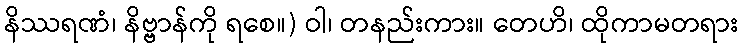
နိဿရဏံ၊ နိဗ္ဗာန်ကို ရစေ။) ဝါ၊ တနည်းကား။ တေဟိ၊ ထိုကာမတရား